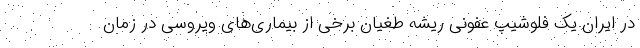
در ایران یک فلوشیپ عفونی ریشه طغیان برخی از بیماری‌های ویروسی در زمان